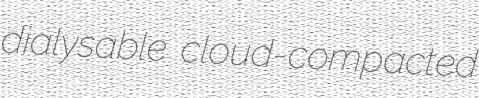
dialysable cloud-compacted